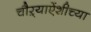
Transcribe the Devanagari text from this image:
चौऱ्याऐंशीच्या